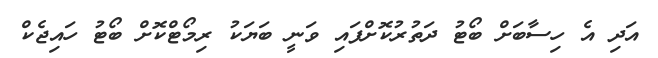
އަދި އެ ހިސާބަށް ބޯޓު ދަތުރުކޮށްފައި ވަނީ ބަޔަކު ރިމޯޓްކޮށް ބޯޓު ހައިޖެކް